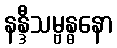
နန္ဒီသမ္ဗန္ဓနော